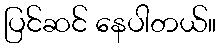
ပြင်ဆင် နေပါတယ်။